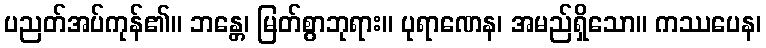
ပညတ်အပ်ကုန်၏။ ဘန္တေ၊ မြတ်စွာဘုရား။ ပုရာဏေန၊ အမည်ရှိသော။ ကဿပေန၊